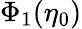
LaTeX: \Phi_{1}(\eta_{0})